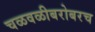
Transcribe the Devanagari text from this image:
चळवळीबरोबरच